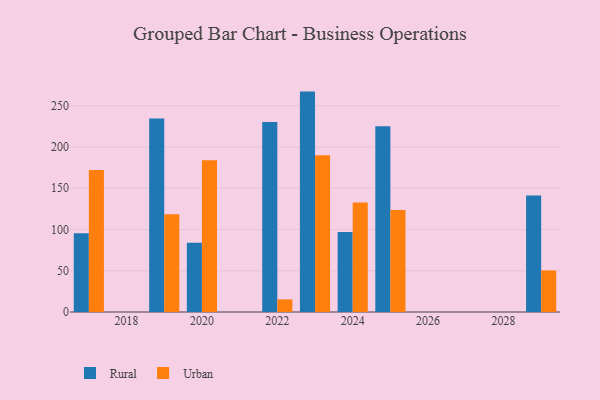
{"axis": {"x": "Year", "y": "Population (Million)"}, "legend": ["Rural", "Urban"], "data": [{"x": "2029", "y": 141.3, "type": "Rural"}, {"x": "2029", "y": 50.4, "type": "Urban"}, {"x": "2024", "y": 97.1, "type": "Rural"}, {"x": "2024", "y": 132.6, "type": "Urban"}, {"x": "2019", "y": 234.7, "type": "Rural"}, {"x": "2019", "y": 118.5, "type": "Urban"}, {"x": "2022", "y": 230.4, "type": "Rural"}, {"x": "2022", "y": 15.3, "type": "Urban"}, {"x": "2023", "y": 267.2, "type": "Rural"}, {"x": "2023", "y": 189.9, "type": "Urban"}, {"x": "2017", "y": 95.5, "type": "Rural"}, {"x": "2017", "y": 172.3, "type": "Urban"}, {"x": "2025", "y": 225.2, "type": "Rural"}, {"x": "2025", "y": 123.7, "type": "Urban"}, {"x": "2020", "y": 84.0, "type": "Rural"}, {"x": "2020", "y": 183.9, "type": "Urban"}]}